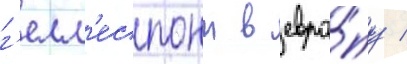
г'елл'еспонт в евро́пу /